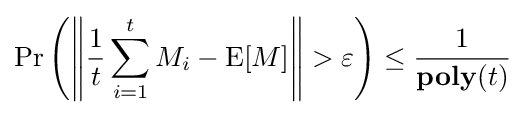
\Pr \left(\left\|{\frac {1}{t}}\sum _{i=1}^{t}M_{i}-\operatorname {E} [M]\right\|>\varepsilon \right)\leq {\frac {1}{\mathbf {poly} (t)}}